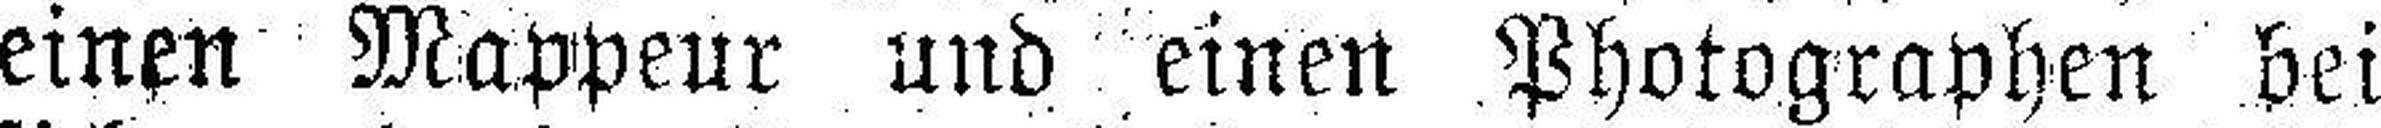
einen Mappeur und einen Photographen bei